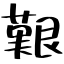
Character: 艱